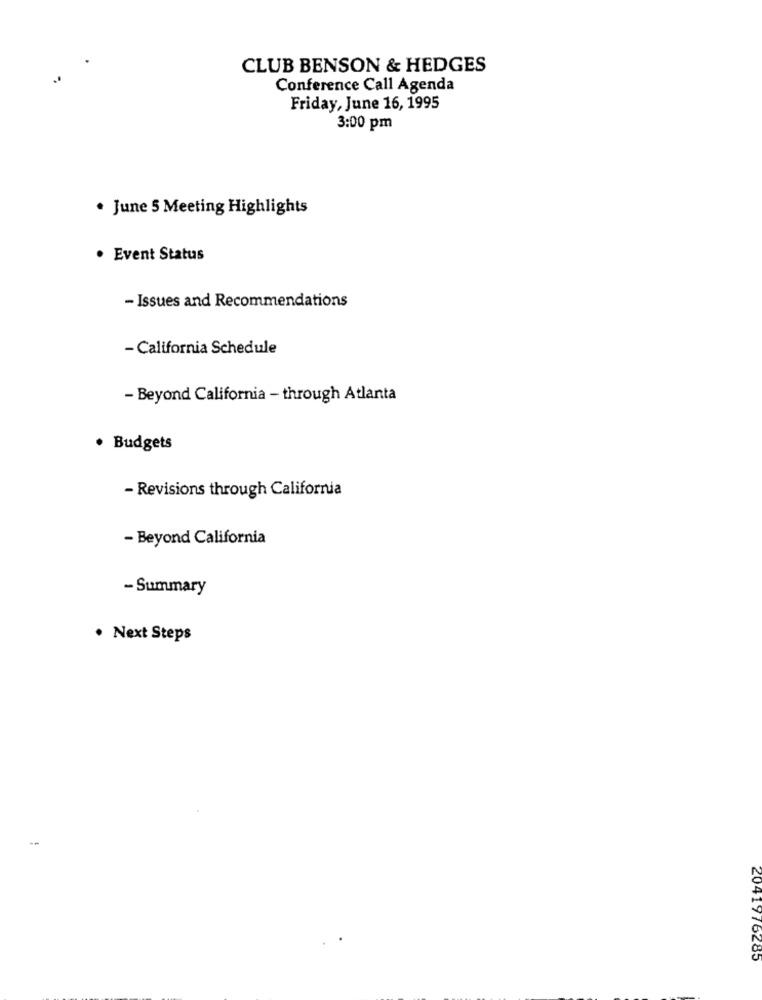
CLUB BENSON & HEDGES
Conference Call Agenda
Friday, June 16, 1995
3:00 pm
June 5 Meeting Highlights
Event Status
- Issues and Recommendations
- California Schedule
- Beyond California - through Atlanta
· Budgets
- Revisions through California
- Beyond California
- Summary
· Next Steps
2041976285